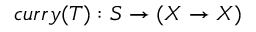
c u r r y ( T ) : S \to ( X \to X )